Report on lock hospitals in British Burma
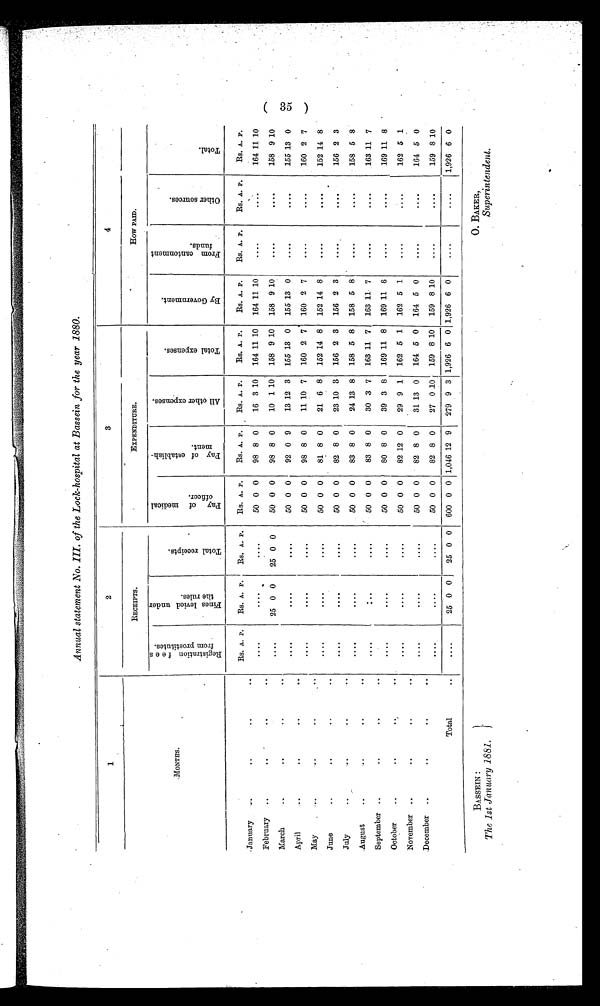
BASSEIN :
The 1st January 1881.
O. BAKER,
Superintendent.
Annual statement No. III. of the Lock-hospital at Bassein for the year 1880.
1
.
2
3
4
MONTHS.
RECEIPTS.
EXPENDITURE.
How PAID.
R e g i s t r a t i o n f e e s f r o m p r o s t i t u t e s .
F i n e s l e v i e d u n d e r t h e r u l e s .
T o t a l r e c e i p t s .
P a y o f m e d i c a l o f f i c e r .
P a y o f e s t a b l i s h m e n t .
A l l o t h e r e x p e n s e s .
T o t a l e x p e n s e s .
B y G o v e r n m e n t .
F r o m c a n t o n m e n t f u n d s .
O t h e r s o u r c e s .
T o t a l .
Rs. A. P.
Rs. A. P.
Rs. A. P.
Rs.. A. P.
Rs. A. P.
Rs. A. P.
Rs. A. P.
Rs. A. P.
Rs. A. P.
Rs. A. P.
Rs. A. P.
January
..
..
..
...
. . . .
. . . . 50 0 0
98 8 0
16 3 10 164 11 10 164 11 10
....
....
164 11 10
February
..
. .
. .
...
25 0 0
25 0 0
50 0 0
98 8 0
10 1 10 158 9 10 158 9 10
....
. . . .
1 5 8 9 10
March
..
. .
. .
. . .
. . . .
. . . . 50 0 0
92 0 9
13 12 3 155 13 0 155 13 0
....
. . . .
155 13 0
April
..
. .
. .
. . . .
. . . . 50 0 0
98 8 0
11 10 7 160 2 7 160 2 7
. . . .
....
160 2 7
May
. .
. .
..
....
. . . .
. . . . 50 0 0
81 8 0
21 6 8 152 14 8 152 14 8
. . . .
. . . .
152 14 8
June
..
. .
..
. . . .
. . . .
. . . . 50 0 0
82 8 0
23 10 3 156 2 3 156 2 3
....
. . . .
156 2 3
July
..
..
..
. . . .
....
. . . . 50 0 0
83 8 0
24 13 8 158 5 8 158 5 8
. . . .
. . . .
158 5 8
August
. .
. .
. .
. . . .
. . . .
. . . . 50 0 0
83 8 0
30 3 7 163 11 7 163 11 7
. . . .
....
163 11 7
September
..
..
. .
....
....
....
50 0 0
80 8 0
39 3 8 169 11 8 169 11 8
....
....
169 11 8
October
. .
. .
. .
. . . .
....
....
50 0 0
82 12 0
29 9 1 162 5 1 162 5 1
....
....
162 5 1
November
..
..
. .
. . . .
. . . .
....
50 0 0
82 8 0
31 13 0 164 5 0 164 5 0
....
....
164 5 0
December
..
. .
. .
....
....
. . . . 50 0 0
82 8 0
27 0 10 159 8 10 159 8 10
....
. . . .
159 8 10
Total
..
....
25 0 0
25 0 0 600 0 0 1,046 12 9 279 9 3 1,926 6 0 1,926 6 0
....
....
1,926 6 0
( 35 )